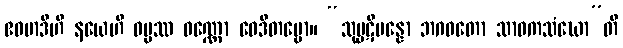
ဧဝမာဒီဟိ နယေဟိ ဓမ္မဿ ဝဏ္ဏော ဝေဒိတဗ္ဗော။ “သုပ္ပဋိပန္နော ဘဂဝတော သာဝကသံဃော”တိ